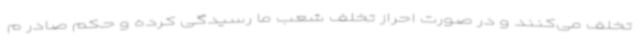
تخلف می‌کنند و در صورت احراز تخلف شعب ما رسیدگی کرده و حکم صادر م